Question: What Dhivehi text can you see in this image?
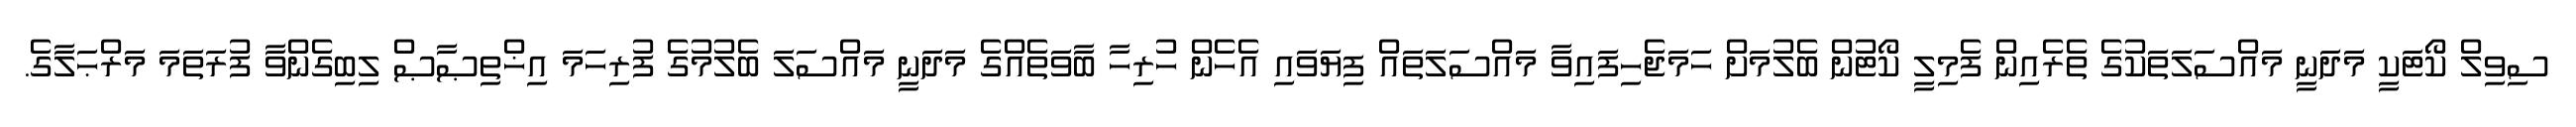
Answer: ސިވިލް ކޯޓަކީ މަދަނީ މައްސަލަތަކުގެ ތެރެއިން ފެމިލީ ކޯޓުން ބެލުމަށް ހަމަޖެހިފައިވާ މައްސަލަތައް ފިޔަވައި އެހެން ހުރިހާ ބާވަތެއްގެ މަދަނީ މައްސަލަ ބެލުމުގެ ފުރިހަމަ އިޚްތިޞާޞް ލިބިގެންވާ ފުރަތަމަ މަރްޙަލާގެ.